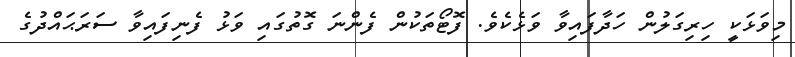
މިވަޅަކީ ހިރިގަލުން ހަދާފައިވާ ވަޅެކެވެ. ފޮޓޯތަކުން ފެންނަ ގޮތުގައި ވަޅު ފެނިފައިވާ ސަރަޙައްދުގެ